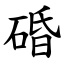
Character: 碈